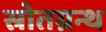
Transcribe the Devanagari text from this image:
स्रोतग्रन्थ